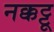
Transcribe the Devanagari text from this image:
नक्कट्टू